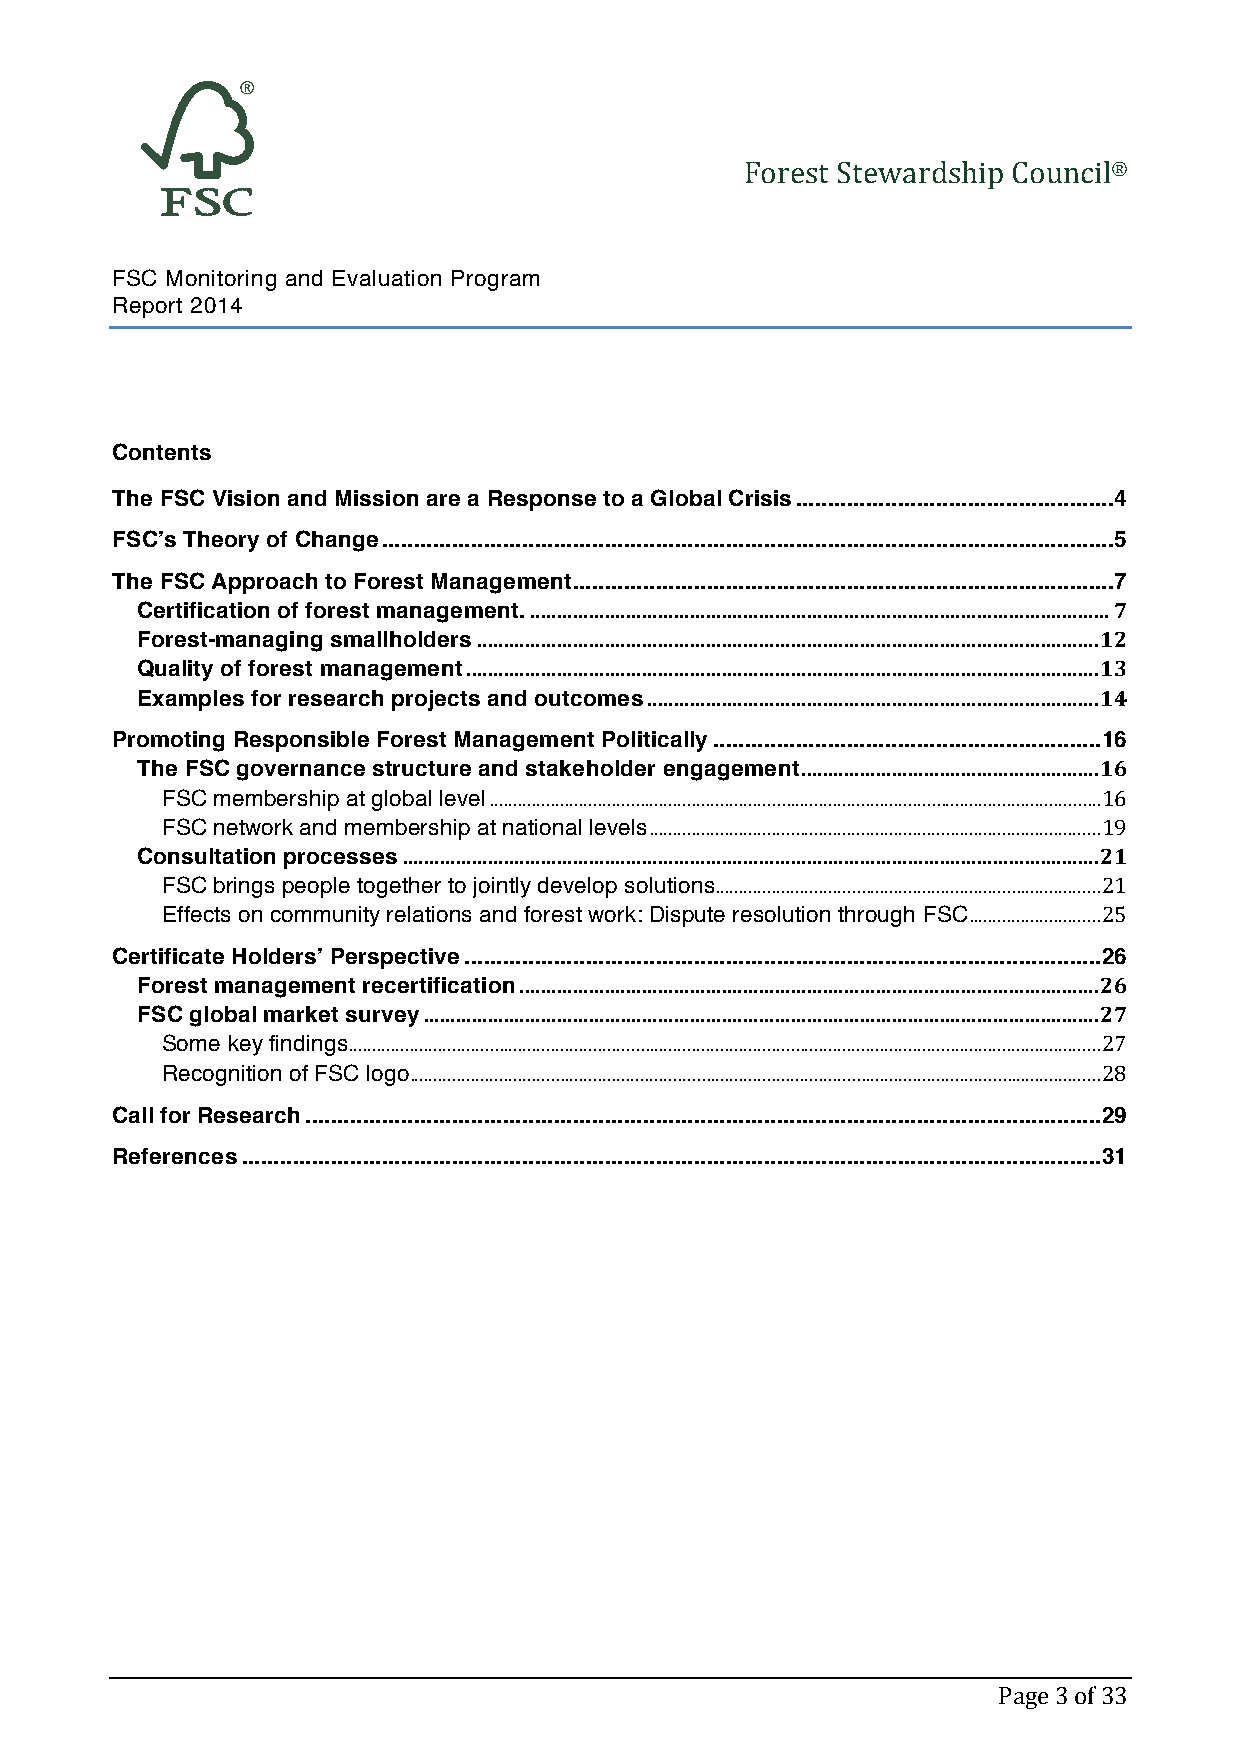
Forest Stewardship Council®
 FSC Monitoring and Evaluation Program
 Report 2014
 Contents
 The FSC Vision and Mission are a Response to a Global Crisis .................................................. 4
 FSC’s Theory of Change ................................................................................................................... 5
 The FSC Approach to Forest Management ..................................................................................... 7
 Certification of forest management. ............................................................................................................. 7
 Forest-managing smallholders ..................................................................................................................... 12
 Quality of forest management ....................................................................................................................... 13
 Examples for research projects and outcomes ..................................................................................... 14
 Promoting Responsible Forest Management Politically ............................................................. 16
 The FSC governance structure and stakeholder engagement ........................................................ 16
 FSC membership at global level .................................................................................................................................. 16
 FSC network and membership at national levels ................................................................................................ 19
 Consultation processes ................................................................................................................................... 21
 FSC brings people together to jointly develop solutions .................................................................................. 21
 Effects on community relations and forest work: Dispute resolution through FSC ............................ 25
 Certificate Holders’ Perspective .................................................................................................... 26
 Forest management recertification ............................................................................................................. 26
 FSC global market survey ............................................................................................................................... 27
 Some key findings ................................................................................................................................................................ 27
 Recognition of FSC logo ................................................................................................................................................... 28
 Call for Research ............................................................................................................................. 29
 References ....................................................................................................................................... 31
 Page 3 of 33